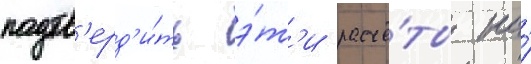
подтв'ерд'и́ть э́т'и расчё́ты на́